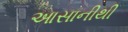
આસાનીથી